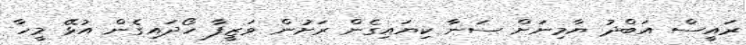
ރައީސް އަބްދު ޔާމިނަށް ސަނާ ކިޔައިގެން ރަށުން ވަޒީފާ ހޯދައިގެން އުޅޭ މީހާ